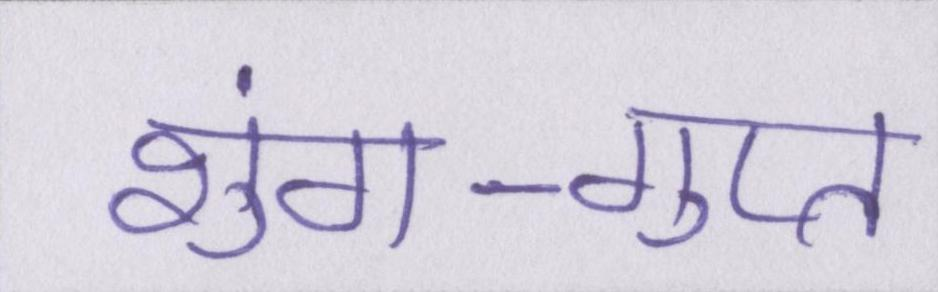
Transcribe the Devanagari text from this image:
शुंग-गुप्त